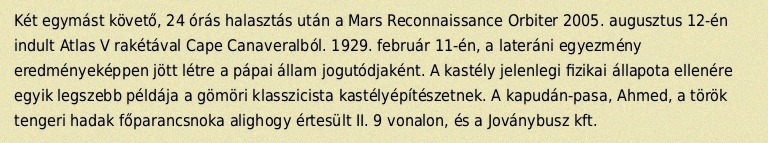
Két egymást követő, 24 órás halasztás után a Mars Reconnaissance Orbiter 2005. augusztus 12-én indult Atlas V rakétával Cape Canaveralból. 1929. február 11-én, a lateráni egyezmény eredményeképpen jött létre a pápai állam jogutódjaként. A kastély jelenlegi fizikai állapota ellenére egyik legszebb példája a gömöri klasszicista kastélyépítészetnek. A kapudán-pasa, Ahmed, a török tengeri hadak főparancsnoka alighogy értesült II. 9 vonalon, és a Joványbusz kft.